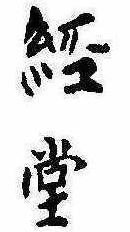
経堂